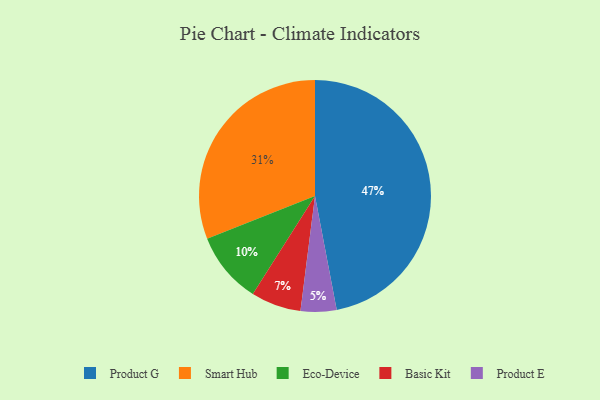
{"axis": {"x": "Category", "y": "Percentage"}, "legend": ["Basic Kit", "Eco-Device", "Product E", "Product G", "Smart Hub"], "data": [{"x": "Eco-Device", "y": 10, "type": "Eco-Device"}, {"x": "Basic Kit", "y": 7, "type": "Basic Kit"}, {"x": "Product E", "y": 5, "type": "Product E"}, {"x": "Smart Hub", "y": 31, "type": "Smart Hub"}, {"x": "Product G", "y": 47, "type": "Product G"}]}